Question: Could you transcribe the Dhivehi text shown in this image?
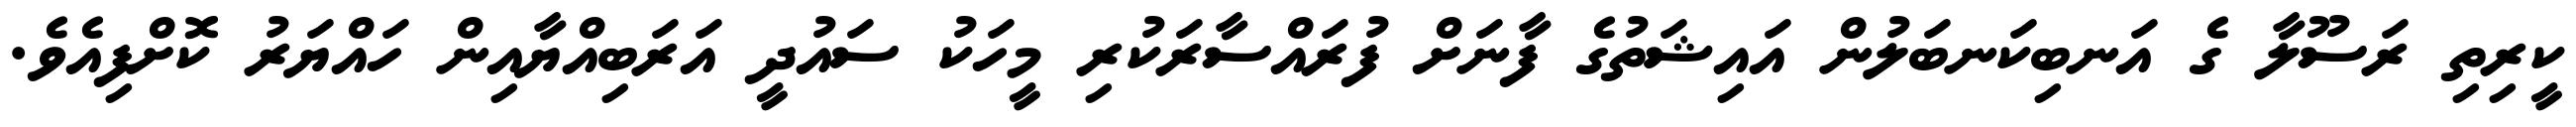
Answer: ކީރިތި ރަސޫލާ ގެ އަނބިކަނބަލުން އައިޝަތުގެ ފާނަށް ފުރައްސާރަކުރި މީހަކު ސައުދީ އަރަބިއްޔާއިން ހައްޔަރު ކޮށްފިއެވެ.